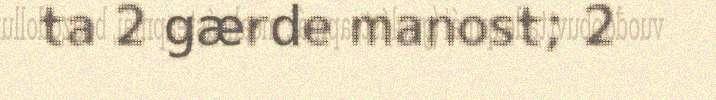
ta 2 gærde manost; 2